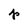
Character: p